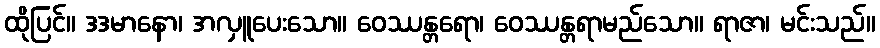
ထိုပြင်။ ဒဒမာနော၊ အလှူပေးသော။ ဝေဿန္တရော၊ ဝေဿန္တရာမည်သော။ ရာဇာ၊ မင်းသည်။